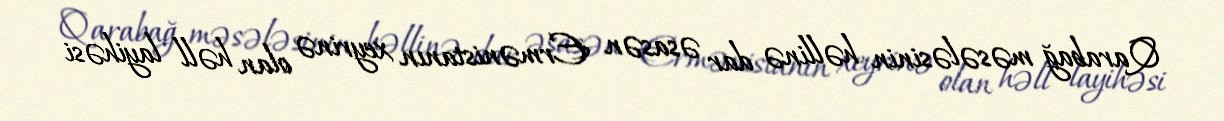
Qarabağ məsələsinin həllinə dar əsasən Ermənistanın xeyrinə olan həll layihəsi